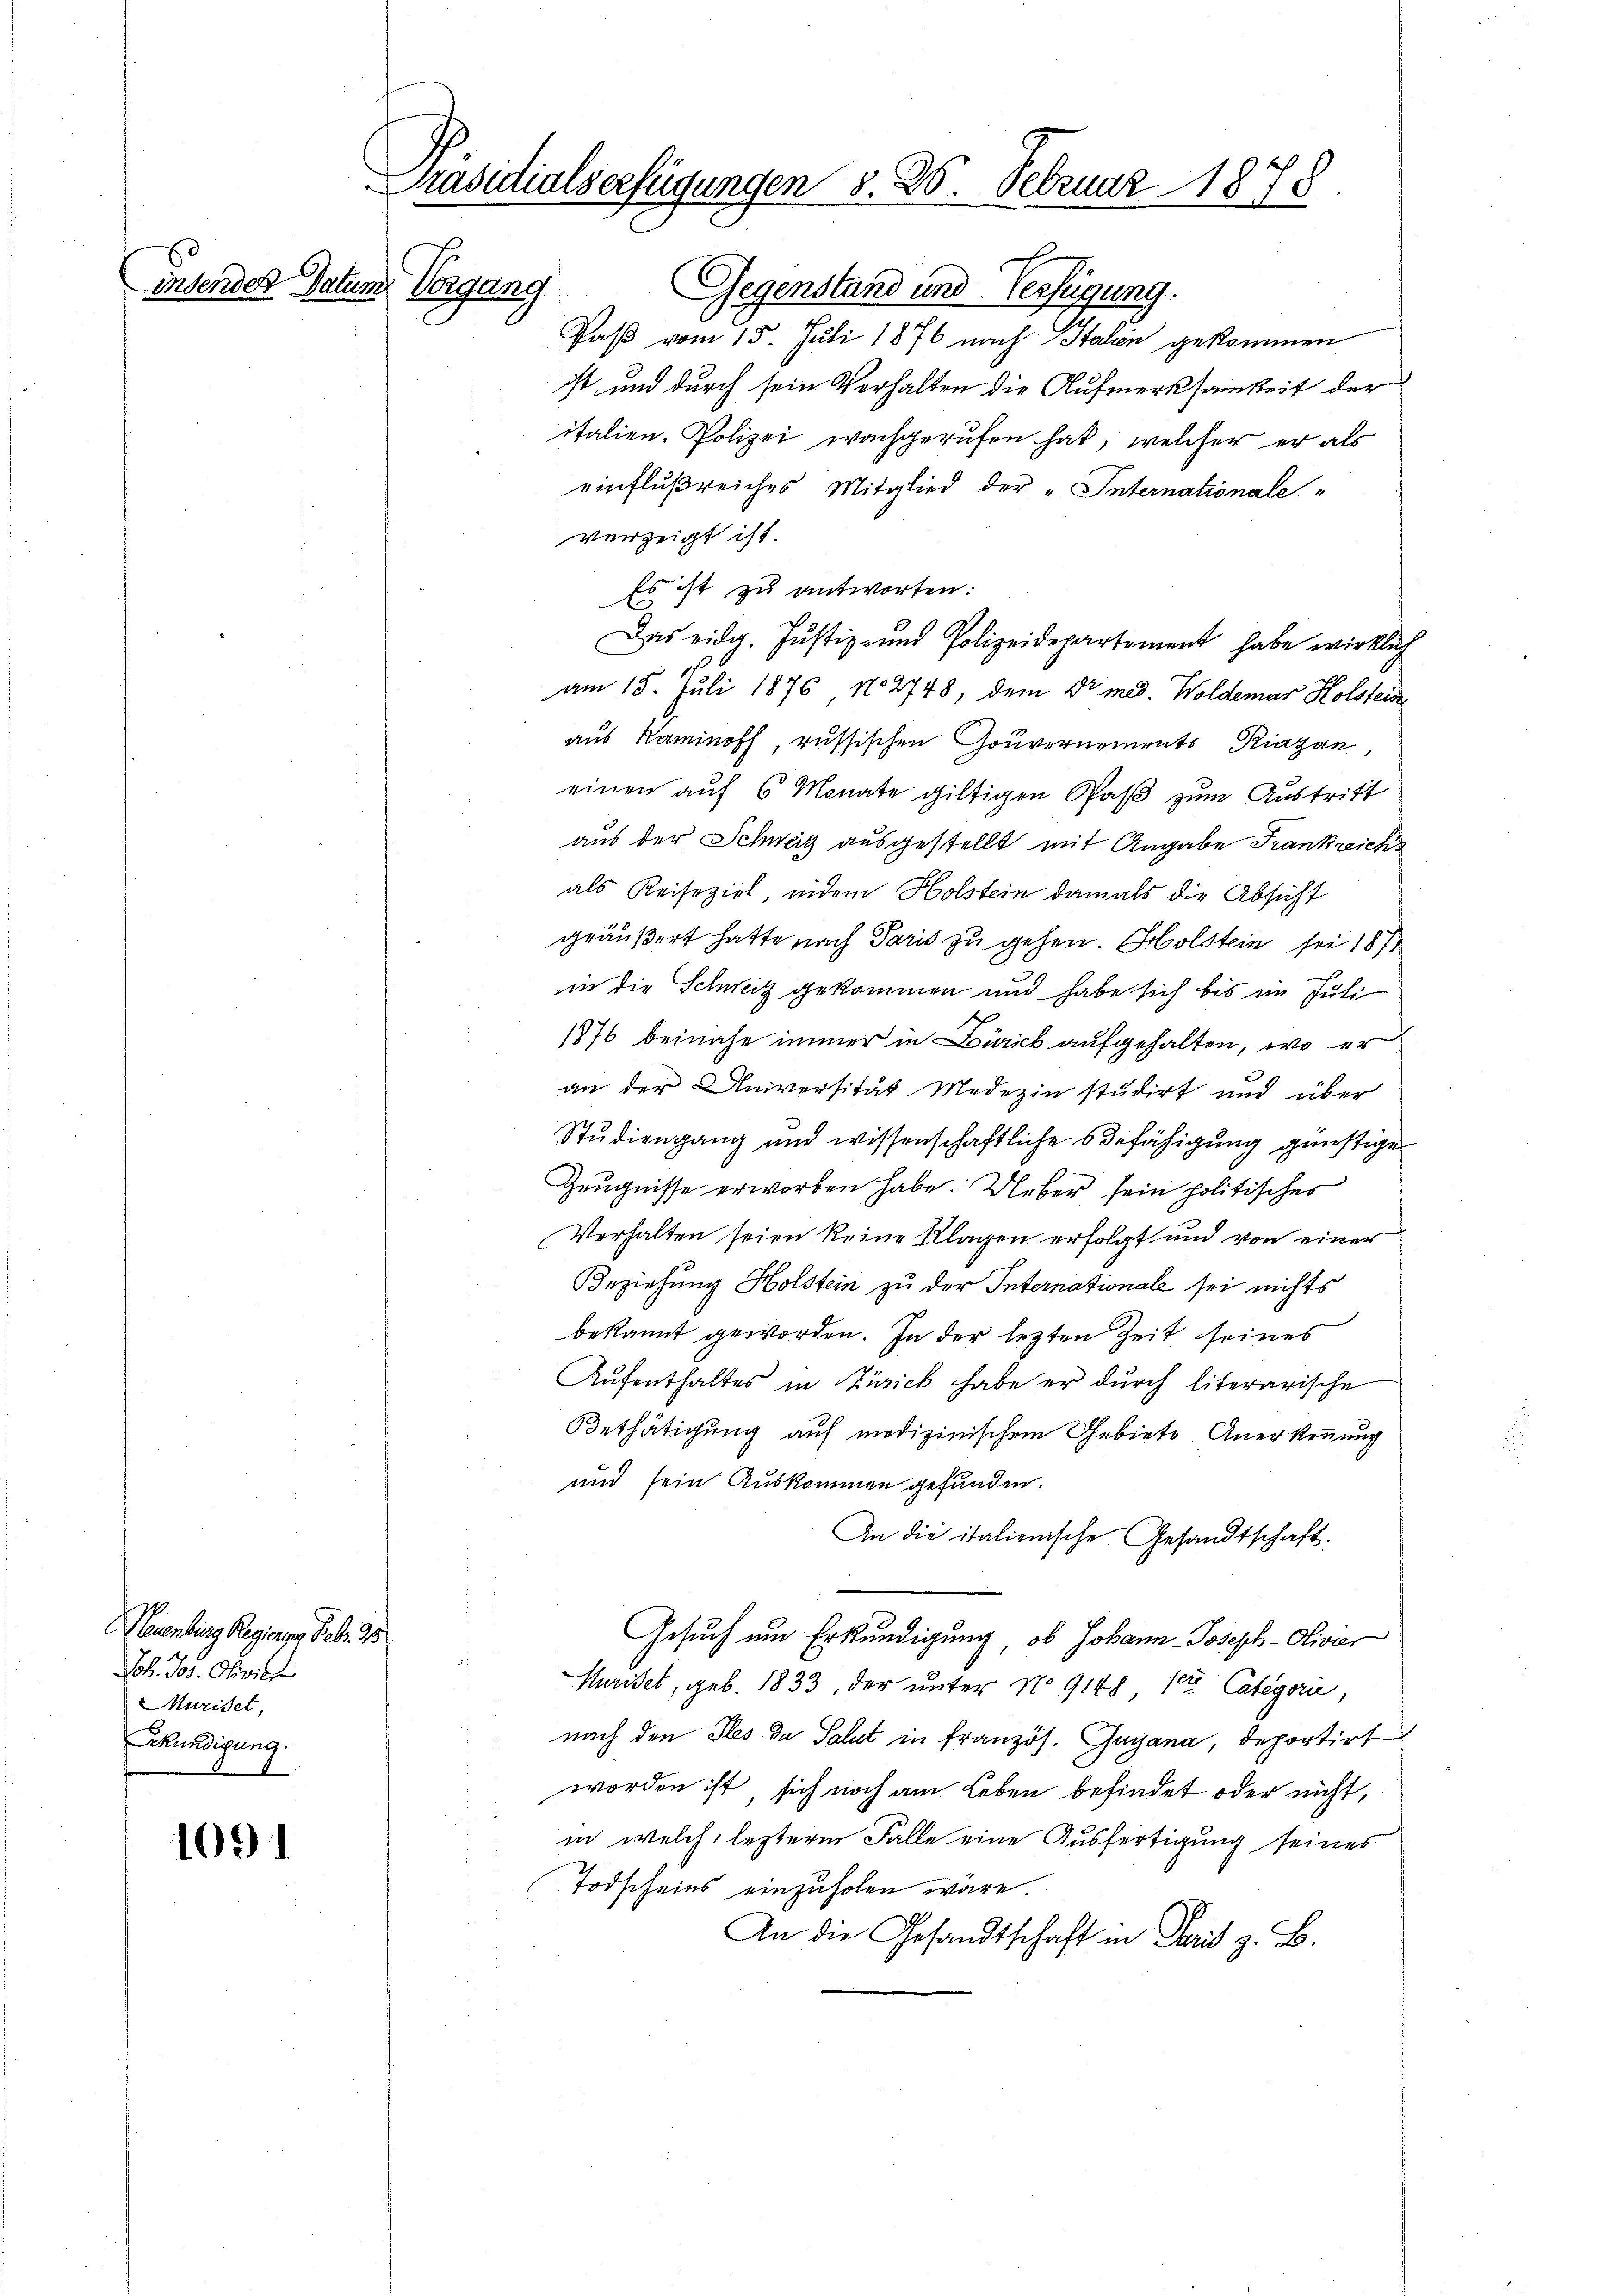
insenden Datum Vergang

1091

Neuenburg Regieren Bek. 25
Joh. Jos. Olivier
Muriset,
Ekundigung.

Präsidialserfügungen 8. 25. Februar 1878.

Gegenstand und Verfügung.
Paß vom 15. Juli 1876 nach Stahen gekommen
ist und durch sein Verhalten die Aufmerksamkeit der
italien. Polizei wachgerufen hat, welcher er als
einflußreiches Mitglied der „Internationale
verzeigt ist.
Es ist zu antworten:
Das eidg. Justiz- und Polizeidepartement habe wirklich
am 15. Juli 1876 No 2748, dem Dr. med. Woldemar Holsteine
aus Kaminoff, russischen Gouvernements Piazan,
einen auf 6 Monate giltigen Paß zum Austritt
aus der Schweiz ausgestellt mit Angabe Frankreichs
als Reiseziel indem Holstein damals die Absicht
geäußert hatte nach Paris zu gehen. Holstein sei 1871
in die Schweiz gekommen und habe sich bis im Juli
1876 beinahe immer in Zürick aufgehalten, wo er
an der Universität Medizin studirt und über
Studiengang und wissenschaftliche Befähigung günstige
Zeugnisse erworben habe. Ueber sein politisches
Verhalten seien keine Klagen erfolgt und von einer
Beziehung Holstein zu der Internationale sei nichts
bekannt geworden. In der lezten Zeit seines
Aŭfenthaltes in Zürich habe er durch literarische
Bethätigung auf medizinischem Gebiete Anerkennung
und sein Auskommen gefunden.
An die italienische Gesandtschaft.
Gesuch um Erkundigung, ob Johann-Joseph-Oliver
5
Muriset, geb. 1833, der unter No 9148 10te Categorie,
nach den des du Salat in französ. Gugana, deportirt
worden ist, sich noch am Leben befindet oder nicht,
in welch, lezterm Falle eine Ausfertigung seines
Todscheins einzuholen wäre
An die Gesandtschaft in Paris z. B.